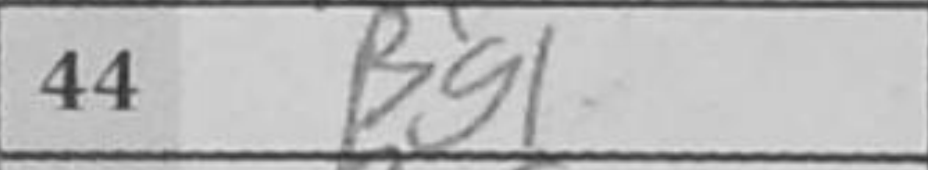
Transcription: Bg1